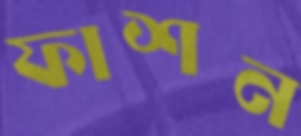
ফাশন